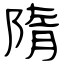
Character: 隋